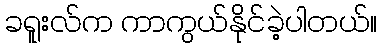
ခရူးလ်က ကာကွယ်နိုင်ခဲ့ပါတယ်။